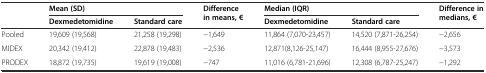
<table><thead><tr><td rowspan="2"></td><td colspan="2"><b>Mean (SD)</b></td><td rowspan="2"><b>Difference in means, €</b></td><td colspan="2"><b>Median (IQR)</b></td><td rowspan="2"><b>Difference in medians, €</b></td></tr><tr><td><b>Dexmedetomidine</b></td><td><b>Standard care</b></td><td><b>Dexmedetomidine</b></td><td><b>Standard care</b></td></tr></thead><tbody><tr><td>Pooled</td><td>19,609 (19,568)</td><td>21,258 (19,298)</td><td>−1,649</td><td>11,864 (7,070-23,457)</td><td>14,520 (7,871-26,254)</td><td>−2,656</td></tr><tr><td>MIDEX</td><td>20,342 (19,412)</td><td>22,878 (19,483)</td><td>−2,536</td><td>12,871(8,126-25,147)</td><td>16,444 (8,955-27,676)</td><td>−3,573</td></tr><tr><td>PRODEX</td><td>18,872 (19,735)</td><td>19,619 (19,008)</td><td>−747</td><td>11,016 (6,781-21,696)</td><td>12,308 (6,787-25,247)</td><td>−1,292</td></tr></tbody></table>